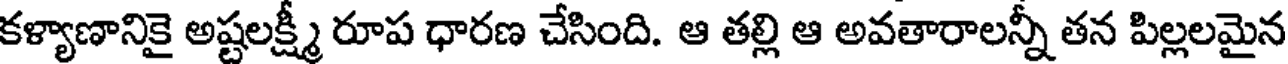
కళ్యాణానికై అష్టలక్ష్మీ రూప ధారణ చేసింది. ఆ తల్లి ఆ అవతారాలన్నీ తన పిల్లలమైన